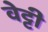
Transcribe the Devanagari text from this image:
वेट्टी